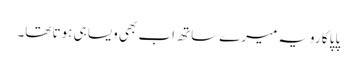
پاپا کا رویہ میرے ساتھ اب بھی ویسا ہی ہوتا تھا۔